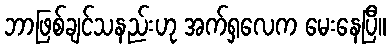
ဘာဖြစ်ချင်သနည်းဟု အက်ရှလေက မေးနေပြီ။